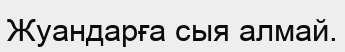
Жуандарға сыя алмай.